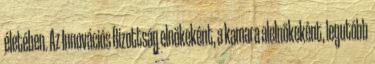
életében. Az Innovációs Bizottság elnökeként, a kamara alelnökeként, legutóbb